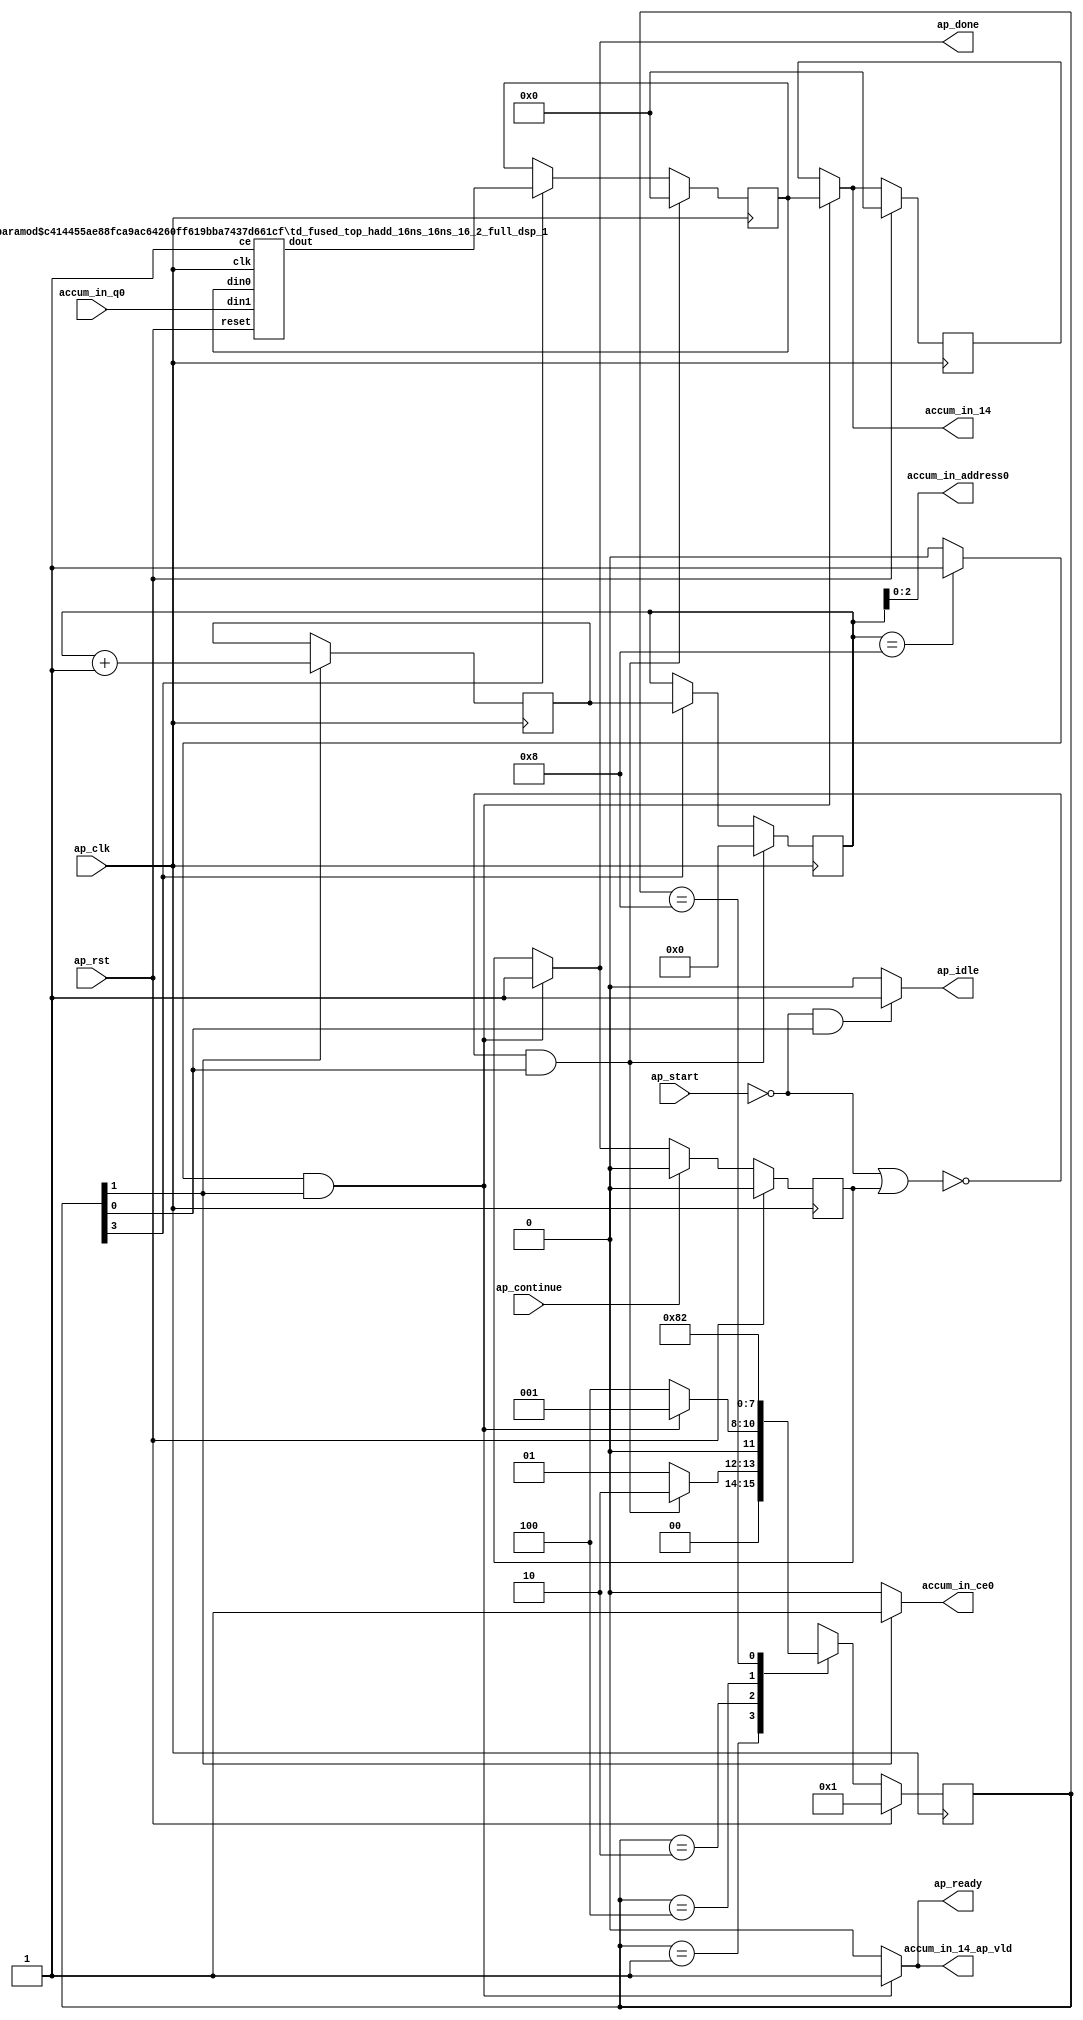
`define SIMULATION_MEMORY
`define EXPONENT 5
`define MANTISSA 10
`define ACTUAL_MANTISSA 11
`define EXPONENT_LSB 10
`define EXPONENT_MSB 14
`define MANTISSA_LSB 0
`define MANTISSA_MSB 9
`define MANTISSA_MUL_SPLIT_LSB 3
`define MANTISSA_MUL_SPLIT_MSB 9
`define SIGN 1
`define SIGN_LOC 15
`define DWIDTH (`SIGN+`EXPONENT+`MANTISSA)
`define IEEE_COMPLIANCE 1

module td_fused_top_tdf3_accum_2 (
        ap_clk,
        ap_rst,
        ap_start,
        ap_done,
        ap_continue,
        ap_idle,
        ap_ready,
        accum_in_14,
        accum_in_14_ap_vld,
        accum_in_address0,
        accum_in_ce0,
        accum_in_q0
);

parameter    ap_ST_fsm_state1 = 4'd1;
parameter    ap_ST_fsm_state2 = 4'd2;
parameter    ap_ST_fsm_state3 = 4'd4;
parameter    ap_ST_fsm_state4 = 4'd8;

input   ap_clk;
input   ap_rst;
input   ap_start;
output   ap_done;
input   ap_continue;
output   ap_idle;
output   ap_ready;
output  [15:0] accum_in_14;
output   accum_in_14_ap_vld;
output  [2:0] accum_in_address0;
output   accum_in_ce0;
input  [15:0] accum_in_q0;

reg ap_done;
reg ap_idle;
reg ap_ready;
reg[15:0] accum_in_14;
reg accum_in_14_ap_vld;
reg accum_in_ce0;

reg    ap_done_reg;
  reg   [3:0] ap_CS_fsm;
wire    ap_CS_fsm_state1;
wire   [3:0] add_ln57_fu_74_p2;
reg   [3:0] add_ln57_reg_91;
wire    ap_CS_fsm_state2;
wire   [0:0] icmp_ln57_fu_85_p2;
wire    ap_CS_fsm_state3;
wire   [15:0] grp_fu_68_p2;
wire    ap_CS_fsm_state4;
reg   [3:0] i_1_1_reg_44;
reg    ap_block_state1;
reg   [15:0] sum_01_reg_55;
wire   [63:0] zext_ln57_fu_80_p1;
reg   [15:0] accum_in_14_preg;
reg   [3:0] ap_NS_fsm;
wire    ap_ce_reg;

// power-on initialization
initial begin
#0 ap_done_reg = 1'b0;
#0 ap_CS_fsm = 4'd1;
#0 accum_in_14_preg = 16'd0;
end

td_fused_top_hadd_16ns_16ns_16_2_full_dsp_1 #(
    .ID( 1 ),
    .NUM_STAGE( 2 ),
    .din0_WIDTH( 16 ),
    .din1_WIDTH( 16 ),
    .dout_WIDTH( 16 ))
hadd_16ns_16ns_16_2_full_dsp_1_U258(
    .clk(ap_clk),
    .reset(ap_rst),
    .din0(sum_01_reg_55),
    .din1(accum_in_q0),
    .ce(1'b1),
    .dout(grp_fu_68_p2)
);

always @ (posedge ap_clk) begin
    if (ap_rst == 1'b1) begin
        accum_in_14_preg <= 16'd0;
    end else begin
        if (((icmp_ln57_fu_85_p2 == 1'd1) & (1'b1 == ap_CS_fsm_state2))) begin
            accum_in_14_preg <= sum_01_reg_55;
        end
    end
end

always @ (posedge ap_clk) begin
    if (ap_rst == 1'b1) begin
        ap_CS_fsm <= ap_ST_fsm_state1;
    end else begin
        ap_CS_fsm <= ap_NS_fsm;
    end
end

always @ (posedge ap_clk) begin
    if (ap_rst == 1'b1) begin
        ap_done_reg <= 1'b0;
    end else begin
        if ((ap_continue == 1'b1)) begin
            ap_done_reg <= 1'b0;
        end else if (((icmp_ln57_fu_85_p2 == 1'd1) & (1'b1 == ap_CS_fsm_state2))) begin
            ap_done_reg <= 1'b1;
        end
    end
end

always @ (posedge ap_clk) begin
    if ((~((ap_start == 1'b0) | (ap_done_reg == 1'b1)) & (1'b1 == ap_CS_fsm_state1))) begin
        i_1_1_reg_44 <= 4'd0;
    end else if ((1'b1 == ap_CS_fsm_state4)) begin
        i_1_1_reg_44 <= add_ln57_reg_91;
    end
end

always @ (posedge ap_clk) begin
    if ((~((ap_start == 1'b0) | (ap_done_reg == 1'b1)) & (1'b1 == ap_CS_fsm_state1))) begin
        sum_01_reg_55 <= 16'd0;
    end else if ((1'b1 == ap_CS_fsm_state4)) begin
        sum_01_reg_55 <= grp_fu_68_p2;
    end
end

always @ (posedge ap_clk) begin
    if ((1'b1 == ap_CS_fsm_state2)) begin
        add_ln57_reg_91 <= add_ln57_fu_74_p2;
    end
end

always @ (*) begin
    if (((icmp_ln57_fu_85_p2 == 1'd1) & (1'b1 == ap_CS_fsm_state2))) begin
        accum_in_14 = sum_01_reg_55;
    end else begin
        accum_in_14 = accum_in_14_preg;
    end
end

always @ (*) begin
    if (((icmp_ln57_fu_85_p2 == 1'd1) & (1'b1 == ap_CS_fsm_state2))) begin
        accum_in_14_ap_vld = 1'b1;
    end else begin
        accum_in_14_ap_vld = 1'b0;
    end
end

always @ (*) begin
    if ((1'b1 == ap_CS_fsm_state2)) begin
        accum_in_ce0 = 1'b1;
    end else begin
        accum_in_ce0 = 1'b0;
    end
end

always @ (*) begin
    if (((icmp_ln57_fu_85_p2 == 1'd1) & (1'b1 == ap_CS_fsm_state2))) begin
        ap_done = 1'b1;
    end else begin
        ap_done = ap_done_reg;
    end
end

always @ (*) begin
    if (((ap_start == 1'b0) & (1'b1 == ap_CS_fsm_state1))) begin
        ap_idle = 1'b1;
    end else begin
        ap_idle = 1'b0;
    end
end

always @ (*) begin
    if (((icmp_ln57_fu_85_p2 == 1'd1) & (1'b1 == ap_CS_fsm_state2))) begin
        ap_ready = 1'b1;
    end else begin
        ap_ready = 1'b0;
    end
end

always @ (*) begin
    case (ap_CS_fsm)
        ap_ST_fsm_state1 : begin
            if ((~((ap_start == 1'b0) | (ap_done_reg == 1'b1)) & (1'b1 == ap_CS_fsm_state1))) begin
                ap_NS_fsm = ap_ST_fsm_state2;
            end else begin
                ap_NS_fsm = ap_ST_fsm_state1;
            end
        end
        ap_ST_fsm_state2 : begin
            if (((icmp_ln57_fu_85_p2 == 1'd1) & (1'b1 == ap_CS_fsm_state2))) begin
                ap_NS_fsm = ap_ST_fsm_state1;
            end else begin
                ap_NS_fsm = ap_ST_fsm_state3;
            end
        end
        ap_ST_fsm_state3 : begin
            ap_NS_fsm = ap_ST_fsm_state4;
        end
        ap_ST_fsm_state4 : begin
            ap_NS_fsm = ap_ST_fsm_state2;
        end
        default : begin
            ap_NS_fsm = 'bx;
        end
    endcase
end

assign accum_in_address0 = zext_ln57_fu_80_p1;

assign add_ln57_fu_74_p2 = (i_1_1_reg_44 + 4'd1);

assign ap_CS_fsm_state1 = ap_CS_fsm[32'd0];

assign ap_CS_fsm_state2 = ap_CS_fsm[32'd1];

assign ap_CS_fsm_state3 = ap_CS_fsm[32'd2];

assign ap_CS_fsm_state4 = ap_CS_fsm[32'd3];

always @ (*) begin
    ap_block_state1 = ((ap_start == 1'b0) | (ap_done_reg == 1'b1));
end

assign icmp_ln57_fu_85_p2 = ((i_1_1_reg_44 == 4'd8) ? 1'b1 : 1'b0);

assign zext_ln57_fu_80_p1 = i_1_1_reg_44;

endmodule //td_fused_top_tdf3_accum_2
module td_fused_top_hadd_16ns_16ns_16_2_full_dsp_1
#(parameter
    ID         = 45,
    NUM_STAGE  = 2,
    din0_WIDTH = 16,
    din1_WIDTH = 16,
    dout_WIDTH = 16
)(
    input  wire                  clk,
    input  wire                  reset,
    input  wire                  ce,
    input  wire [din0_WIDTH-1:0] din0,
    input  wire [din1_WIDTH-1:0] din1,
    output wire [dout_WIDTH-1:0] dout
);
//------------------------Local signal-------------------
wire                  a_tvalid;
wire [15:0]           a_tdata;
wire                  b_tvalid;
wire [15:0]           b_tdata;
wire                  r_tvalid;
wire [15:0]           r_tdata;
reg  [din0_WIDTH-1:0] din0_buf1;
reg  [din1_WIDTH-1:0] din1_buf1;
reg                   ce_r;
wire [dout_WIDTH-1:0] dout_i;
reg  [dout_WIDTH-1:0] dout_r;
//------------------------Instantiation------------------
td_fused_top_ap_hadd_0_full_dsp_16 td_fused_top_ap_hadd_0_full_dsp_16_u (
    .s_axis_a_tvalid      ( a_tvalid ),
    .s_axis_a_tdata       ( a_tdata ),
    .s_axis_b_tvalid      ( b_tvalid ),
    .s_axis_b_tdata       ( b_tdata ),
    .m_axis_result_tvalid ( r_tvalid ),
    .m_axis_result_tdata  ( r_tdata )
);
//------------------------Body---------------------------
assign a_tvalid = 1'b1;
assign a_tdata  = din0_buf1;
assign b_tvalid = 1'b1;
assign b_tdata  = din1_buf1;
assign dout_i   = r_tdata;

always @(posedge clk) begin
    if (ce) begin
        din0_buf1 <= din0;
        din1_buf1 <= din1;
    end
end

always @ (posedge clk) begin
    ce_r <= ce;
end

always @ (posedge clk) begin
    if (ce_r) begin
        dout_r <= dout_i;
    end
end

assign dout = ce_r?dout_i:dout_r;
endmodule
module td_fused_top_ap_hadd_0_full_dsp_16 (
   input  wire        s_axis_a_tvalid,
   input  wire [15:0] s_axis_a_tdata,
   input  wire        s_axis_b_tvalid,
   input  wire [15:0] s_axis_b_tdata,
   output wire        m_axis_result_tvalid,
   output wire [15:0] m_axis_result_tdata
);


`ifdef complex_dsp
   adder_fp u_add_fp (
      .a(s_axis_a_tdata),
      .b(s_axis_b_tdata),
      .out(m_axis_result_tdata)
   );
`else
FPAddSub u_FPAddSub (.clk(), .rst(1'b0), .a(s_axis_a_tdata), .b(s_axis_b_tdata), .operation(1'b0), .result(m_axis_result_tdata), .flags());
`endif

endmodule
module FPAddSub(
		clk,
		rst,
		a,
		b,
		operation,			// 0 add, 1 sub
		result,
		flags
	);

	// Clock and reset
	input clk ;										// Clock signal
	input rst ;										// Reset (active high, resets pipeline registers)

	// Input ports
	input [`DWIDTH-1:0] a ;								// Input A, a 32-bit floating point number
	input [`DWIDTH-1:0] b ;								// Input B, a 32-bit floating point number
	input operation ;								// Operation select signal

	// Output ports
	output [`DWIDTH-1:0] result ;						// Result of the operation
	output [4:0] flags ;							// Flags indicating exceptions according to IEEE754

	// Pipeline Registers
	//reg [79:0] pipe_1;							// Pipeline register PreAlign->Align1
	reg [`DWIDTH*2+15:0] pipe_1;							// Pipeline register PreAlign->Align1

	//reg [67:0] pipe_2;							// Pipeline register Align1->Align3
	reg [`MANTISSA*2+`EXPONENT+13:0] pipe_2;							// Pipeline register Align1->Align3

	//reg [76:0] pipe_3;	68						// Pipeline register Align1->Align3
	reg [`MANTISSA*2+`EXPONENT+14:0] pipe_3;							// Pipeline register Align1->Align3

	//reg [69:0] pipe_4;							// Pipeline register Align3->Execute
	reg [`MANTISSA*2+`EXPONENT+15:0] pipe_4;							// Pipeline register Align3->Execute

	//reg [51:0] pipe_5;							// Pipeline register Execute->Normalize
	reg [`DWIDTH+`EXPONENT+11:0] pipe_5;							// Pipeline register Execute->Normalize

	//reg [56:0] pipe_6;							// Pipeline register Nomalize->NormalizeShift1
	reg [`DWIDTH+`EXPONENT+16:0] pipe_6;							// Pipeline register Nomalize->NormalizeShift1

	//reg [56:0] pipe_7;							// Pipeline register NormalizeShift2->NormalizeShift3
	reg [`DWIDTH+`EXPONENT+16:0] pipe_7;							// Pipeline register NormalizeShift2->NormalizeShift3

	//reg [54:0] pipe_8;							// Pipeline register NormalizeShift3->Round
	reg [`EXPONENT*2+`MANTISSA+15:0] pipe_8;							// Pipeline register NormalizeShift3->Round

	//reg [40:0] pipe_9;							// Pipeline register NormalizeShift3->Round
	reg [`DWIDTH+8:0] pipe_9;							// Pipeline register NormalizeShift3->Round

	// Internal wires between modules
	wire [`DWIDTH-2:0] Aout_0 ;							// A - sign
	wire [`DWIDTH-2:0] Bout_0 ;							// B - sign
	wire Opout_0 ;									// A's sign
	wire Sa_0 ;										// A's sign
	wire Sb_0 ;										// B's sign
	wire MaxAB_1 ;									// Indicates the larger of A and B(0/A, 1/B)
	wire [`EXPONENT-1:0] CExp_1 ;							// Common Exponent
	wire [4:0] Shift_1 ;							// Number of steps to smaller mantissa shift right (align)
	wire [`MANTISSA-1:0] Mmax_1 ;							// Larger mantissa
	wire [4:0] InputExc_0 ;						// Input numbers are exceptions
	wire [9:0] ShiftDet_0 ;
	wire [`MANTISSA-1:0] MminS_1 ;						// Smaller mantissa after 0/16 shift
	wire [`MANTISSA:0] MminS_2 ;						// Smaller mantissa after 0/4/8/12 shift
	wire [`MANTISSA:0] Mmin_3 ;							// Smaller mantissa after 0/1/2/3 shift
	wire [`DWIDTH:0] Sum_4 ;
	wire PSgn_4 ;
	wire Opr_4 ;
	wire [4:0] Shift_5 ;							// Number of steps to shift sum left (normalize)
	wire [`DWIDTH:0] SumS_5 ;							// Sum after 0/16 shift
	wire [`DWIDTH:0] SumS_6 ;							// Sum after 0/16 shift
	wire [`DWIDTH:0] SumS_7 ;							// Sum after 0/16 shift
	wire [`MANTISSA-1:0] NormM_8 ;						// Normalized mantissa
	wire [`EXPONENT:0] NormE_8;							// Adjusted exponent
	wire ZeroSum_8 ;								// Zero flag
	wire NegE_8 ;									// Flag indicating negative exponent
	wire R_8 ;										// Round bit
	wire S_8 ;										// Final sticky bit
	wire FG_8 ;										// Final sticky bit
	wire [`DWIDTH-1:0] P_int ;
	wire EOF ;

	// Prepare the operands for alignment and check for exceptions
	FPAddSub_PrealignModule PrealignModule
	(	// Inputs
		a, b, operation,
		// Outputs
		Sa_0, Sb_0, ShiftDet_0[9:0], InputExc_0[4:0], Aout_0[`DWIDTH-2:0], Bout_0[`DWIDTH-2:0], Opout_0) ;

	// Prepare the operands for alignment and check for exceptions
	FPAddSub_AlignModule AlignModule
	(	// Inputs
		pipe_1[14+2*`DWIDTH:16+`DWIDTH], pipe_1[15+`DWIDTH:17], pipe_1[14:5],
		// Outputs
		CExp_1[`EXPONENT-1:0], MaxAB_1, Shift_1[4:0], MminS_1[`MANTISSA-1:0], Mmax_1[`MANTISSA-1:0]) ;

	// Alignment Shift Stage 1
	FPAddSub_AlignShift1 AlignShift1
	(  // Inputs
		pipe_2[`MANTISSA-1:0], pipe_2[2*`MANTISSA+9:2*`MANTISSA+7],
		// Outputs
		MminS_2[`MANTISSA:0]) ;

	// Alignment Shift Stage 3 and compution of guard and sticky bits
	FPAddSub_AlignShift2 AlignShift2
	(  // Inputs
		pipe_3[`MANTISSA:0], pipe_3[2*`MANTISSA+7:2*`MANTISSA+6],
		// Outputs
		Mmin_3[`MANTISSA:0]) ;

	// Perform mantissa addition
	FPAddSub_ExecutionModule ExecutionModule
	(  // Inputs
		pipe_4[`MANTISSA*2+5:`MANTISSA+6], pipe_4[`MANTISSA:0], pipe_4[`MANTISSA*2+`EXPONENT+13], pipe_4[`MANTISSA*2+`EXPONENT+12], pipe_4[`MANTISSA*2+`EXPONENT+11], pipe_4[`MANTISSA*2+`EXPONENT+14],
		// Outputs
		Sum_4[`DWIDTH:0], PSgn_4, Opr_4) ;

	// Prepare normalization of result
	FPAddSub_NormalizeModule NormalizeModule
	(  // Inputs
		pipe_5[`DWIDTH:0],
		// Outputs
		SumS_5[`DWIDTH:0], Shift_5[4:0]) ;

	// Normalization Shift Stage 1
	FPAddSub_NormalizeShift1 NormalizeShift1
	(  // Inputs
		pipe_6[`DWIDTH:0], pipe_6[`DWIDTH+`EXPONENT+14:`DWIDTH+`EXPONENT+11],
		// Outputs
		SumS_7[`DWIDTH:0]) ;

	// Normalization Shift Stage 3 and final guard, sticky and round bits
	FPAddSub_NormalizeShift2 NormalizeShift2
	(  // Inputs
		pipe_7[`DWIDTH:0], pipe_7[`DWIDTH+`EXPONENT+5:`DWIDTH+6], pipe_7[`DWIDTH+`EXPONENT+15:`DWIDTH+`EXPONENT+11],
		// Outputs
		NormM_8[`MANTISSA-1:0], NormE_8[`EXPONENT:0], ZeroSum_8, NegE_8, R_8, S_8, FG_8) ;

	// Round and put result together
	FPAddSub_RoundModule RoundModule
	(  // Inputs
		 pipe_8[3], pipe_8[4+`EXPONENT:4], pipe_8[`EXPONENT+`MANTISSA+4:5+`EXPONENT], pipe_8[1], pipe_8[0], pipe_8[`EXPONENT*2+`MANTISSA+15], pipe_8[`EXPONENT*2+`MANTISSA+12], pipe_8[`EXPONENT*2+`MANTISSA+11], pipe_8[`EXPONENT*2+`MANTISSA+14], pipe_8[`EXPONENT*2+`MANTISSA+10],
		// Outputs
		P_int[`DWIDTH-1:0], EOF) ;

	// Check for exceptions
	FPAddSub_ExceptionModule Exceptionmodule
	(  // Inputs
		pipe_9[8+`DWIDTH:9], pipe_9[8], pipe_9[7], pipe_9[6], pipe_9[5:1], pipe_9[0],
		// Outputs
		result[`DWIDTH-1:0], flags[4:0]) ;

	always @ (*) begin
		if(rst) begin
			pipe_1 = 0;
			pipe_2 = 0;
			pipe_3 = 0;
			pipe_4 = 0;
			pipe_5 = 0;
			pipe_6 = 0;
			pipe_7 = 0;
			pipe_8 = 0;
			pipe_9 = 0;
		end
		else begin

			pipe_1 = {Opout_0, Aout_0[`DWIDTH-2:0], Bout_0[`DWIDTH-2:0], Sa_0, Sb_0, ShiftDet_0[9:0], InputExc_0[4:0]} ;
			// PIPE_2 :
			//[67] operation
			//[66] Sa_0
			//[65] Sb_0
			//[64] MaxAB_0
			//[63:56] CExp_0
			//[55:51] Shift_0
			//[50:28] Mmax_0
			//[27:23] InputExc_0
			//[22:0] MminS_1
			//
			pipe_2 = {pipe_1[`DWIDTH*2+15], pipe_1[16:15], MaxAB_1, CExp_1[`EXPONENT-1:0], Shift_1[4:0], Mmax_1[`MANTISSA-1:0], pipe_1[4:0], MminS_1[`MANTISSA-1:0]} ;
			// PIPE_3 :
			//[68] operation
			//[67] Sa_0
			//[66] Sb_0
			//[65] MaxAB_0
			//[64:57] CExp_0
			//[56:52] Shift_0
			//[51:29] Mmax_0
			//[28:24] InputExc_0
			//[23:0] MminS_1
			//
			pipe_3 = {pipe_2[`MANTISSA*2+`EXPONENT+13:`MANTISSA], MminS_2[`MANTISSA:0]} ;
			// PIPE_4 :
			//[68] operation
			//[67] Sa_0
			//[66] Sb_0
			//[65] MaxAB_0
			//[64:57] CExp_0
			//[56:52] Shift_0
			//[51:29] Mmax_0
			//[28:24] InputExc_0
			//[23:0] Mmin_3
			//
			pipe_4 = {pipe_3[`MANTISSA*2+`EXPONENT+14:`MANTISSA+1], Mmin_3[`MANTISSA:0]} ;
			// PIPE_5 :
			//[51] operation
			//[50] PSgn_4
			//[49] Opr_4
			//[48] Sa_0
			//[47] Sb_0
			//[46] MaxAB_0
			//[45:38] CExp_0
			//[37:33] InputExc_0
			//[32:0] Sum_4
			//
			pipe_5 = {pipe_4[2*`MANTISSA+`EXPONENT+14], PSgn_4, Opr_4, pipe_4[2*`MANTISSA+`EXPONENT+13:2*`MANTISSA+11], pipe_4[`MANTISSA+5:`MANTISSA+1], Sum_4[`DWIDTH:0]} ;
			// PIPE_6 :
			//[56] operation
			//[55:51] Shift_5
			//[50] PSgn_4
			//[49] Opr_4
			//[48] Sa_0
			//[47] Sb_0
			//[46] MaxAB_0
			//[45:38] CExp_0
			//[37:33] InputExc_0
			//[32:0] Sum_4
			//
			pipe_6 = {pipe_5[`EXPONENT+`EXPONENT+11], Shift_5[4:0], pipe_5[`DWIDTH+`EXPONENT+10:`DWIDTH+1], SumS_5[`DWIDTH:0]} ;
			// pipe_7 :
			//[56] operation
			//[55:51] Shift_5
			//[50] PSgn_4
			//[49] Opr_4
			//[48] Sa_0
			//[47] Sb_0
			//[46] MaxAB_0
			//[45:38] CExp_0
			//[37:33] InputExc_0
			//[32:0] Sum_4
			//
			pipe_7 = {pipe_6[`DWIDTH+`EXPONENT+16:`DWIDTH+1], SumS_7[`DWIDTH:0]} ;
			// pipe_8:
			//[54] FG_8
			//[53] operation
			//[52] PSgn_4
			//[51] Sa_0
			//[50] Sb_0
			//[49] MaxAB_0
			//[48:41] CExp_0
			//[40:36] InputExc_8
			//[35:13] NormM_8
			//[12:4] NormE_8
			//[3] ZeroSum_8
			//[2] NegE_8
			//[1] R_8
			//[0] S_8
			//
			pipe_8 = {FG_8, pipe_7[`DWIDTH+`EXPONENT+16], pipe_7[`DWIDTH+`EXPONENT+10], pipe_7[`DWIDTH+`EXPONENT+8:`DWIDTH+1], NormM_8[`MANTISSA-1:0], NormE_8[`EXPONENT:0], ZeroSum_8, NegE_8, R_8, S_8} ;
			// pipe_9:
			//[40:9] P_int
			//[8] NegE_8
			//[7] R_8
			//[6] S_8
			//[5:1] InputExc_8
			//[0] EOF
			//
			pipe_9 = {P_int[`DWIDTH-1:0], pipe_8[2], pipe_8[1], pipe_8[0], pipe_8[`EXPONENT+`MANTISSA+9:`EXPONENT+`MANTISSA+5], EOF} ;
		end
	end

endmodule
module FPAddSub_ExceptionModule(
		Z,
		NegE,
		R,
		S,
		InputExc,
		EOF,
		P,
		Flags
    );

	// Input ports
	input [`DWIDTH-1:0] Z	;					// Final product
	input NegE ;						// Negative exponent?
	input R ;							// Round bit
	input S ;							// Sticky bit
	input [4:0] InputExc ;			// Exceptions in inputs A and B
	input EOF ;

	// Output ports
	output [`DWIDTH-1:0] P ;					// Final result
	output [4:0] Flags ;				// Exception flags

	// Internal signals
	wire Overflow ;					// Overflow flag
	wire Underflow ;					// Underflow flag
	wire DivideByZero ;				// Divide-by-Zero flag (always 0 in Add/Sub)
	wire Invalid ;						// Invalid inputs or result
	wire Inexact ;						// Result is inexact because of rounding

	// Exception flags

	// Result is too big to be represented
	assign Overflow = EOF | InputExc[1] | InputExc[0] ;

	// Result is too small to be represented
	assign Underflow = NegE & (R | S);

	// Infinite result computed exactly from finite operands
	assign DivideByZero = &(Z[`MANTISSA+`EXPONENT-1:`MANTISSA]) & ~|(Z[`MANTISSA+`EXPONENT-1:`MANTISSA]) & ~InputExc[1] & ~InputExc[0];

	// Invalid inputs or operation
	assign Invalid = |(InputExc[4:2]) ;

	// Inexact answer due to rounding, overflow or underflow
	assign Inexact = (R | S) | Overflow | Underflow;

	// Put pieces together to form final result
	assign P = Z ;

	// Collect exception flags
	assign Flags = {Overflow, Underflow, DivideByZero, Invalid, Inexact} ;

endmodule
module FPAddSub_RoundModule(
		ZeroSum,
		NormE,
		NormM,
		R,
		S,
		G,
		Sa,
		Sb,
		Ctrl,
		MaxAB,
		Z,
		EOF
    );

	// Input ports
	input ZeroSum ;					// Sum is zero
	input [`EXPONENT:0] NormE ;				// Normalized exponent
	input [`MANTISSA-1:0] NormM ;				// Normalized mantissa
	input R ;							// Round bit
	input S ;							// Sticky bit
	input G ;
	input Sa ;							// A's sign bit
	input Sb ;							// B's sign bit
	input Ctrl ;						// Control bit (operation)
	input MaxAB ;

	// Output ports
	output [`DWIDTH-1:0] Z ;					// Final result
	output EOF ;

	// Internal signals
	wire [`MANTISSA:0] RoundUpM ;			// Rounded up sum with room for overflow
	wire [`MANTISSA-1:0] RoundM ;				// The final rounded sum
	wire [`EXPONENT:0] RoundE ;				// Rounded exponent (note extra bit due to poential overflow	)
	wire RoundUp ;						// Flag indicating that the sum should be rounded up
        wire FSgn;
	wire ExpAdd ;						// May have to add 1 to compensate for overflow
	wire RoundOF ;						// Rounding overflow

	// The cases where we need to round upwards (= adding one) in Round to nearest, tie to even
	assign RoundUp = (G & ((R | S) | NormM[0])) ;

	// Note that in the other cases (rounding down), the sum is already 'rounded'
	assign RoundUpM = (NormM + 1) ;								// The sum, rounded up by 1
	assign RoundM = (RoundUp ? RoundUpM[`MANTISSA-1:0] : NormM) ; 	// Compute final mantissa
	assign RoundOF = RoundUp & RoundUpM[`MANTISSA] ; 				// Check for overflow when rounding up

	// Calculate post-rounding exponent
	assign ExpAdd = (RoundOF ? 1'b1 : 1'b0) ; 				// Add 1 to exponent to compensate for overflow
	assign RoundE = ZeroSum ? 5'b00000 : (NormE + ExpAdd) ; 							// Final exponent

	// If zero, need to determine sign according to rounding
	assign FSgn = (ZeroSum & (Sa ^ Sb)) | (ZeroSum ? (Sa & Sb & ~Ctrl) : ((~MaxAB & Sa) | ((Ctrl ^ Sb) & (MaxAB | Sa)))) ;

	// Assign final result
	assign Z = {FSgn, RoundE[`EXPONENT-1:0], RoundM[`MANTISSA-1:0]} ;

	// Indicate exponent overflow
	assign EOF = RoundE[`EXPONENT];

endmodule
module FPAddSub_NormalizeShift2(
		PSSum,
		CExp,
		Shift,
		NormM,
		NormE,
		ZeroSum,
		NegE,
		R,
		S,
		FG
	);

	// Input ports
	input [`DWIDTH:0] PSSum ;					// The Pre-Shift-Sum
	input [`EXPONENT-1:0] CExp ;
	input [4:0] Shift ;					// Amount to be shifted

	// Output ports
	output [`MANTISSA-1:0] NormM ;				// Normalized mantissa
	output [`EXPONENT:0] NormE ;					// Adjusted exponent
	output ZeroSum ;						// Zero flag
	output NegE ;							// Flag indicating negative exponent
	output R ;								// Round bit
	output S ;								// Final sticky bit
	output FG ;

	// Internal signals
	wire MSBShift ;						// Flag indicating that a second shift is needed
	wire [`EXPONENT:0] ExpOF ;					// MSB set in sum indicates overflow
	wire [`EXPONENT:0] ExpOK ;					// MSB not set, no adjustment

	// Calculate normalized exponent and mantissa, check for all-zero sum
	assign MSBShift = PSSum[`DWIDTH] ;		// Check MSB in unnormalized sum
	assign ZeroSum = ~|PSSum ;			// Check for all zero sum
	assign ExpOK = CExp - Shift ;		// Adjust exponent for new normalized mantissa
	assign NegE = ExpOK[`EXPONENT] ;			// Check for exponent overflow
	assign ExpOF = CExp - Shift + 1'b1 ;		// If MSB set, add one to exponent(x2)
	assign NormE = MSBShift ? ExpOF : ExpOK ;			// Check for exponent overflow
	assign NormM = PSSum[`DWIDTH-1:`EXPONENT+1] ;		// The new, normalized mantissa

	// Also need to compute sticky and round bits for the rounding stage
	assign FG = PSSum[`EXPONENT] ;
	assign R = PSSum[`EXPONENT-1] ;
	assign S = |PSSum[`EXPONENT-2:0] ;

endmodule
module FPAddSub_NormalizeShift1(
		MminP,
		Shift,
		Mmin
	);

	// Input ports
	input [`DWIDTH:0] MminP ;						// Smaller mantissa after 16|12|8|4 shift
	input [3:0] Shift ;						// Shift amount

	// Output ports
	output [`DWIDTH:0] Mmin ;						// The smaller mantissa

	reg	  [`DWIDTH:0]		Lvl2;
	wire    [2*`DWIDTH+1:0]    Stage1;
	reg	  [`DWIDTH:0]		Lvl3;
	wire    [2*`DWIDTH+1:0]    Stage2;
	integer           i;               	// Loop variable

	assign Stage1 = {MminP, MminP};

	always @(*) begin    					// Rotate {0 | 4 | 8 | 12} bits
	  case (Shift[3:2])
			// Rotate by 0
			2'b00: //Lvl2 <= Stage1[`DWIDTH:0];
      begin Lvl2 = Stage1[`DWIDTH:0];  end
			// Rotate by 4
			2'b01: //begin for (i=2*`DWIDTH+1; i>=`DWIDTH+1; i=i-1) begin Lvl2[i-33] <= Stage1[i-4]; end Lvl2[3:0] <= 0; end
      begin Lvl2[`DWIDTH: (`DWIDTH-4)] = Stage1[3:0]; Lvl2[`DWIDTH-4-1:0] = Stage1[`DWIDTH-4]; end
			// Rotate by 8
			2'b10: //begin for (i=2*`DWIDTH+1; i>=`DWIDTH+1; i=i-1) begin Lvl2[i-33] <= Stage1[i-8]; end Lvl2[7:0] <= 0; end
      begin Lvl2[`DWIDTH: (`DWIDTH-8)] = Stage1[3:0]; Lvl2[`DWIDTH-8-1:0] = Stage1[`DWIDTH-8]; end
			// Rotate by 12
			2'b11: //begin for (i=2*`DWIDTH+1; i>=`DWIDTH+1; i=i-1) begin Lvl2[i-33] <= Stage1[i-12]; end Lvl2[11:0] <= 0; end
      begin Lvl2[`DWIDTH: (`DWIDTH-12)] = Stage1[3:0]; Lvl2[`DWIDTH-12-1:0] = Stage1[`DWIDTH-12]; end
	  endcase
	end

	assign Stage2 = {Lvl2, Lvl2};

	always @(*) begin   				 		// Rotate {0 | 1 | 2 | 3} bits
	  case (Shift[1:0])
			// Rotate by 0
			2'b00:  //Lvl3 <= Stage2[`DWIDTH:0];
      begin Lvl3 = Stage2[`DWIDTH:0]; end
			// Rotate by 1
			2'b01: //begin for (i=2*`DWIDTH+1; i>=`DWIDTH+1; i=i-1) begin Lvl3[i-`DWIDTH-1] <= Stage2[i-1]; end Lvl3[0] <= 0; end
      begin Lvl3[`DWIDTH: (`DWIDTH-1)] = Stage2[3:0]; Lvl3[`DWIDTH-1-1:0] = Stage2[`DWIDTH-1]; end
			// Rotate by 2
			2'b10: //begin for (i=2*`DWIDTH+1; i>=`DWIDTH+1; i=i-1) begin Lvl3[i-`DWIDTH-1] <= Stage2[i-2]; end Lvl3[1:0] <= 0; end
      begin Lvl3[`DWIDTH: (`DWIDTH-2)] = Stage2[3:0]; Lvl3[`DWIDTH-2-1:0] = Stage2[`DWIDTH-2]; end
			// Rotate by 3
			2'b11: //begin for (i=2*`DWIDTH+1; i>=`DWIDTH+1; i=i-1) begin Lvl3[i-`DWIDTH-1] <= Stage2[i-3]; end Lvl3[2:0] <= 0; end
      begin Lvl3[`DWIDTH: (`DWIDTH-3)] = Stage2[3:0]; Lvl3[`DWIDTH-3-1:0] = Stage2[`DWIDTH-3]; end
	  endcase
	end

	// Assign outputs
	assign Mmin = Lvl3;						// Take out smaller mantissa

endmodule
module FPAddSub_NormalizeModule(
		Sum,
		Mmin,
		Shift
    );

	// Input ports
	input [`DWIDTH:0] Sum ;					// Mantissa sum including hidden 1 and GRS

	// Output ports
	output [`DWIDTH:0] Mmin ;					// Mantissa after 16|0 shift
	output [4:0] Shift ;					// Shift amount

	// Determine normalization shift amount by finding leading nought
	assign Shift =  (
		Sum[16] ? 5'b00000 :
		Sum[15] ? 5'b00001 :
		Sum[14] ? 5'b00010 :
		Sum[13] ? 5'b00011 :
		Sum[12] ? 5'b00100 :
		Sum[11] ? 5'b00101 :
		Sum[10] ? 5'b00110 :
		Sum[9] ? 5'b00111 :
		Sum[8] ? 5'b01000 :
		Sum[7] ? 5'b01001 :
		Sum[6] ? 5'b01010 :
		Sum[5] ? 5'b01011 :
		Sum[4] ? 5'b01100 : 5'b01101
	//	Sum[19] ? 5'b01101 :
	//	Sum[18] ? 5'b01110 :
	//	Sum[17] ? 5'b01111 :
	//	Sum[16] ? 5'b10000 :
	//	Sum[15] ? 5'b10001 :
	//	Sum[14] ? 5'b10010 :
	//	Sum[13] ? 5'b10011 :
	//	Sum[12] ? 5'b10100 :
	//	Sum[11] ? 5'b10101 :
	//	Sum[10] ? 5'b10110 :
	//	Sum[9] ? 5'b10111 :
	//	Sum[8] ? 5'b11000 :
	//	Sum[7] ? 5'b11001 : 5'b11010
	);

	reg	  [`DWIDTH:0]		Lvl1;

	always @(*) begin
		// Rotate by 16?
		Lvl1 <= Shift[4] ? {Sum[8:0], 8'b00000000} : Sum;
	end

	// Assign outputs
	assign Mmin = Lvl1;						// Take out smaller mantissa

endmodule
module FPAddSub_ExecutionModule(
		Mmax,
		Mmin,
		Sa,
		Sb,
		MaxAB,
		OpMode,
		Sum,
		PSgn,
		Opr
    );

	// Input ports
	input [`MANTISSA-1:0] Mmax ;					// The larger mantissa
	input [`MANTISSA:0] Mmin ;					// The smaller mantissa
	input Sa ;								// Sign bit of larger number
	input Sb ;								// Sign bit of smaller number
	input MaxAB ;							// Indicates the larger number (0/A, 1/B)
	input OpMode ;							// Operation to be performed (0/Add, 1/Sub)

	// Output ports
	output [`DWIDTH:0] Sum ;					// The result of the operation
	output PSgn ;							// The sign for the result
	output Opr ;							// The effective (performed) operation

	assign Opr = (OpMode^Sa^Sb); 		// Resolve sign to determine operation

	// Perform effective operation
	assign Sum = (OpMode^Sa^Sb) ? ({1'b1, Mmax, 5'b00000} - {Mmin, 5'b00000}) : ({1'b1, Mmax, 5'b00000} + {Mmin, 5'b00000}) ;

	// Assign result sign
	assign PSgn = (MaxAB ? Sb : Sa) ;

endmodule
module FPAddSub_AlignShift2(
		MminP,
		Shift,
		Mmin
	);

	// Input ports
	input [`MANTISSA:0] MminP ;						// Smaller mantissa after 16|12|8|4 shift
	input [1:0] Shift ;						// Shift amount

	// Output ports
	output [`MANTISSA:0] Mmin ;						// The smaller mantissa

	// Internal Signal
	reg	  [`MANTISSA:0]		Lvl3;
	wire    [2*`MANTISSA+1:0]    Stage2;
	integer           j;               // Loop variable

	assign Stage2 = {11'b0, MminP};

	always @(*) begin    // Rotate {0 | 1 | 2 | 3} bits
	  case (Shift[1:0])
			// Rotate by 0
			2'b00:  Lvl3 <= Stage2[`MANTISSA:0];
			// Rotate by 1
			2'b01:  begin for (j=0; j<=`MANTISSA; j=j+1)  begin Lvl3[j] <= Stage2[j+1]; end /*Lvl3[`MANTISSA] <= 0; */end
			// Rotate by 2
			2'b10:  begin for (j=0; j<=`MANTISSA; j=j+1)  begin Lvl3[j] <= Stage2[j+2]; end /*Lvl3[`MANTISSA:`MANTISSA-1] <= 0;*/ end
			// Rotate by 3
			2'b11:  begin for (j=0; j<=`MANTISSA; j=j+1)  begin Lvl3[j] <= Stage2[j+3]; end /*Lvl3[`MANTISSA:`MANTISSA-2] <= 0;*/ end
	  endcase
	end

	// Assign output
	assign Mmin = Lvl3;						// Take out smaller mantissa

endmodule
module FPAddSub_AlignShift1(
		MminP,
		Shift,
		Mmin
	);

	// Input ports
	input [`MANTISSA-1:0] MminP ;						// Smaller mantissa after 16|12|8|4 shift
	input [2:0] Shift ;						// Shift amount

	// Output ports
	output [`MANTISSA:0] Mmin ;						// The smaller mantissa

	// Internal signals
	reg	  [`MANTISSA:0]		Lvl1;
	reg	  [`MANTISSA:0]		Lvl2;
	wire    [2*`MANTISSA+1:0]    Stage1;
	integer           i;                // Loop variable

	always @(*) begin
		// Rotate by 16?
		//Lvl1 <= Shift[2] ? {17'b00000000000000001, MminP[22:16]} : {1'b1, MminP};
		Lvl1 <= Shift[2] ? {11'b0000000000} : {1'b1, MminP};

	end

	assign Stage1 = { 11'b0, Lvl1};

	always @(*) begin    					// Rotate {0 | 4 | 8 | 12} bits
	  case (Shift[1:0])
			// Rotate by 0
			2'b00:  Lvl2 <= Stage1[`MANTISSA:0];
			// Rotate by 4
			2'b01:  begin for (i=0; i<=`MANTISSA; i=i+1) begin Lvl2[i] <= Stage1[i+4]; end /*Lvl2[`MANTISSA:`MANTISSA-3] <= 0;*/ end
			// Rotate by 8
			2'b10:  begin for (i=0; i<=`MANTISSA; i=i+1) begin Lvl2[i] <= Stage1[i+8]; end /*Lvl2[`MANTISSA:`MANTISSA-7] <= 0;*/ end
			// Rotate by 12
			2'b11: Lvl2[`MANTISSA: 0] <= 0;
			//2'b11:  begin for (i=0; i<=`MANTISSA; i=i+1) begin Lvl2[i] <= Stage1[i+12]; end Lvl2[`MANTISSA:`MANTISSA-12] <= 0; end
	  endcase
	end

	// Assign output to next shift stage
	assign Mmin = Lvl2;

endmodule
module FPAddSub_AlignModule (
		A,
		B,
		ShiftDet,
		CExp,
		MaxAB,
		Shift,
		Mmin,
		Mmax
	);

	// Input ports
	input [`DWIDTH-2:0] A ;								// Input A, a 32-bit floating point number
	input [`DWIDTH-2:0] B ;								// Input B, a 32-bit floating point number
	input [9:0] ShiftDet ;

	// Output ports
	output [`EXPONENT-1:0] CExp ;							// Common Exponent
	output MaxAB ;									// Incidates larger of A and B (0/A, 1/B)
	output [4:0] Shift ;							// Number of steps to smaller mantissa shift right
	output [`MANTISSA-1:0] Mmin ;							// Smaller mantissa
	output [`MANTISSA-1:0] Mmax ;							// Larger mantissa

	// Internal signals
	//wire BOF ;										// Check for shifting overflow if B is larger
	//wire AOF ;										// Check for shifting overflow if A is larger

	assign MaxAB = (A[`DWIDTH-2:0] < B[`DWIDTH-2:0]) ;
	//assign BOF = ShiftDet[9:5] < 25 ;		// Cannot shift more than 25 bits
	//assign AOF = ShiftDet[4:0] < 25 ;		// Cannot shift more than 25 bits

	// Determine final shift value
	//assign Shift = MaxAB ? (BOF ? ShiftDet[9:5] : 5'b11001) : (AOF ? ShiftDet[4:0] : 5'b11001) ;

	assign Shift = MaxAB ? ShiftDet[9:5] : ShiftDet[4:0] ;

	// Take out smaller mantissa and append shift space
	assign Mmin = MaxAB ? A[`MANTISSA-1:0] : B[`MANTISSA-1:0] ;

	// Take out larger mantissa
	assign Mmax = MaxAB ? B[`MANTISSA-1:0]: A[`MANTISSA-1:0] ;

	// Common exponent
	assign CExp = (MaxAB ? B[`MANTISSA+`EXPONENT-1:`MANTISSA] : A[`MANTISSA+`EXPONENT-1:`MANTISSA]) ;

endmodule
module FPAddSub_PrealignModule(
		A,
		B,
		operation,
		Sa,
		Sb,
		ShiftDet,
		InputExc,
		Aout,
		Bout,
		Opout
	);

	// Input ports
	input [`DWIDTH-1:0] A ;										// Input A, a 32-bit floating point number
	input [`DWIDTH-1:0] B ;										// Input B, a 32-bit floating point number
	input operation ;

	// Output ports
	output Sa ;												// A's sign
	output Sb ;												// B's sign
	output [9:0] ShiftDet ;
	output [4:0] InputExc ;								// Input numbers are exceptions
	output [`DWIDTH-2:0] Aout ;
	output [`DWIDTH-2:0] Bout ;
	output Opout ;

	// Internal signals									// If signal is high...
	wire ANaN ;												// A is a NaN (Not-a-Number)
	wire BNaN ;												// B is a NaN
	wire AInf ;												// A is infinity
	wire BInf ;												// B is infinity
	wire [`EXPONENT-1:0] DAB ;										// ExpA - ExpB
	wire [`EXPONENT-1:0] DBA ;										// ExpB - ExpA

	assign ANaN = &(A[`DWIDTH-2:`DWIDTH-1-`EXPONENT]) & |(A[`MANTISSA-1:0]) ;		// All one exponent and not all zero mantissa - NaN
	assign BNaN = &(B[`DWIDTH-2:`DWIDTH-1-`EXPONENT]) & |(B[`MANTISSA-1:0]);		// All one exponent and not all zero mantissa - NaN
	assign AInf = &(A[`DWIDTH-2:`DWIDTH-1-`EXPONENT]) & ~|(A[`MANTISSA-1:0]) ;	// All one exponent and all zero mantissa - Infinity
	assign BInf = &(B[`DWIDTH-2:`DWIDTH-1-`EXPONENT]) & ~|(B[`MANTISSA-1:0]) ;	// All one exponent and all zero mantissa - Infinity

	// Put all flags into exception vector
	assign InputExc = {(ANaN | BNaN | AInf | BInf), ANaN, BNaN, AInf, BInf} ;

	//assign DAB = (A[30:23] - B[30:23]) ;
	//assign DBA = (B[30:23] - A[30:23]) ;
	assign DAB = (A[`DWIDTH-2:`MANTISSA] + ~(B[`DWIDTH-2:`MANTISSA]) + 1) ;
	assign DBA = (B[`DWIDTH-2:`MANTISSA] + ~(A[`DWIDTH-2:`MANTISSA]) + 1) ;

	assign Sa = A[`DWIDTH-1] ;									// A's sign bit
	assign Sb = B[`DWIDTH-1] ;									// B's sign	bit
	assign ShiftDet = {DBA[4:0], DAB[4:0]} ;		// Shift data
	assign Opout = operation ;
	assign Aout = A[`DWIDTH-2:0] ;
	assign Bout = B[`DWIDTH-2:0] ;

endmodule